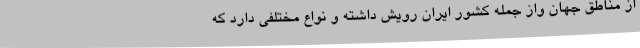
از مناطق جهان واز جمله کشور ایران رویش داشته و نواع مختلفی دارد که